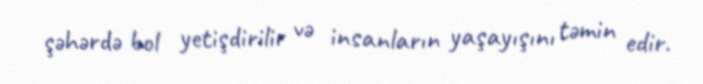
şəhərdə bol yetişdirilir və insanların yaşayışını təmin edir.